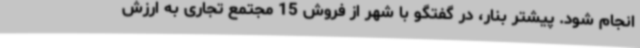
انجام شود. پیشتر بنار، در گفتگو با شهر از فروش 15 مجتمع تجاری به ارزش